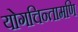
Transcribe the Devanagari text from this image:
योगचिन्तामणि